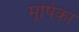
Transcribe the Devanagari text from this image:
मूषिका